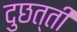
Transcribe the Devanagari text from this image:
दुछत्ती